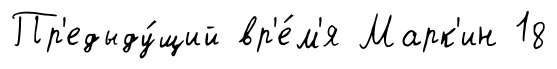
Пр'едыду́щий вр'е́м'я Марк'ин 18